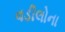
વડીલોના